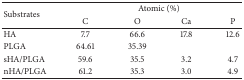
<table><thead><tr><td rowspan="2"><b>Substrates</b></td><td colspan="4"><b>Atomic (%)</b></td></tr><tr><td><b>C</b></td><td><b>O</b></td><td><b>Ca</b></td><td><b>P</b></td></tr></thead><tbody><tr><td>HA</td><td>7.7</td><td>66.6</td><td>17.8</td><td>12.6</td></tr><tr><td>PLGA</td><td>64.61</td><td>35.39</td><td> </td><td> </td></tr><tr><td>sHA/PLGA</td><td>59.6</td><td>35.5</td><td>3.2</td><td>4.7</td></tr><tr><td>nHA/PLGA</td><td>61.2</td><td>35.3</td><td>3.0</td><td>4.9</td></tr></tbody></table>